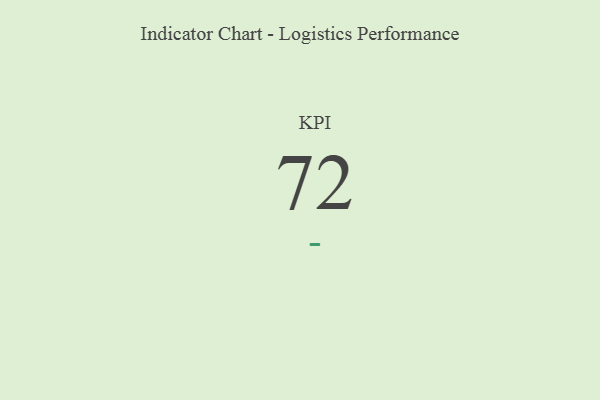
{"axis": {"x": "KPI", "y": "Value"}, "legend": [""], "data": [{"x": "KPI", "y": 72, "type": ""}]}